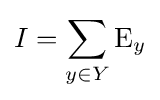
I=\sum _{y\in Y}\operatorname {E} _{y}